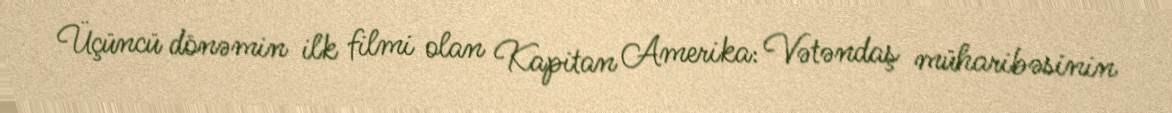
Üçüncü dönəmin ilk filmi olan Kapitan Amerika: Vətəndaş müharibəsinin